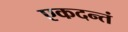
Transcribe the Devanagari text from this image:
एकदन्तं